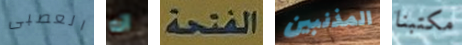
العصبى انه الفتحة المذنبين مكتبنا